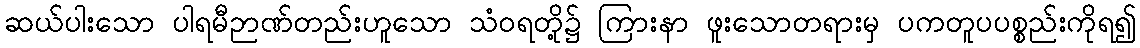
ဆယ်ပါးသော ပါရမီဉာဏ်တည်းဟူသော သံဝရတို့၌ ကြားနာ ဖူးသောတရားမှ ပကတူပပစ္စည်းကိုရ၍